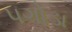
પગોડા